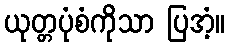
ယုတ္တပုံစံကိုသာ ပြအံ့။